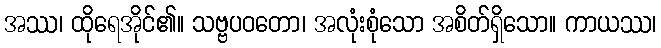
အဿ၊ ထိုရေအိုင်၏။ သဗ္ဗပဝတော၊ အလုံးစုံသော အစိတ်ရှိသော။ ကာယဿ၊